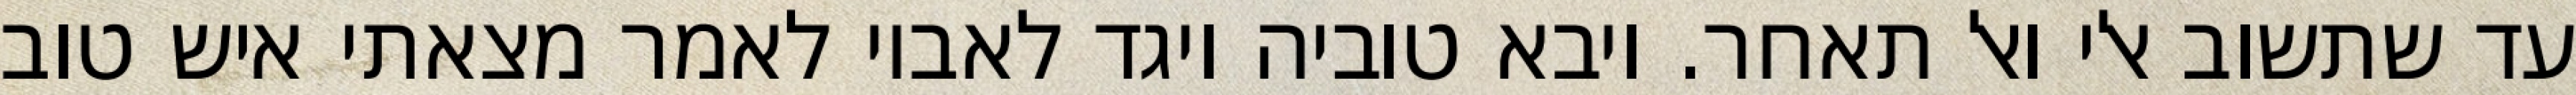
עד שתשוב אלי ואל תאחר. ויבא טוביה ויגד לאביו לאמר מצאתי איש טוב